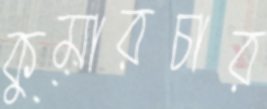
কুমারচার